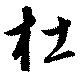
杜